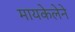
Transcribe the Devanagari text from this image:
मायकेलेने